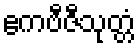
ဧကဗီဇီသုတ္တံ